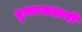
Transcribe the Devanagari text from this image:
वृक्कअश्मरी